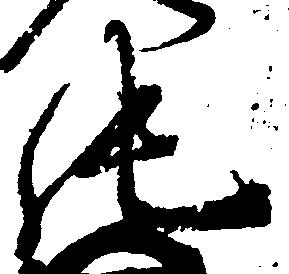
純